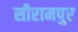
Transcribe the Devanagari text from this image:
सीरामपुर